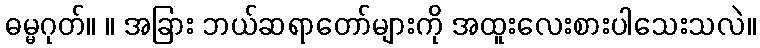
ဓမ္မဂုတ်။ ။ အခြား ဘယ်ဆရာတော်များကို အထူးလေးစားပါသေးသလဲ။